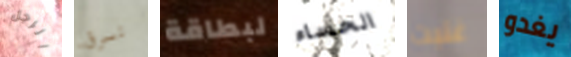
الرجل نسرق لبطاقة الحساء غنيت يغدو